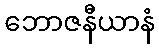
ဘောဇနီယာနံ